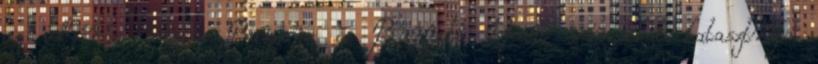
az időjárás miatt. Bargara és Burnett Heads városokat katasztrófa